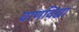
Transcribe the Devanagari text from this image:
वाणविद्या